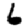
Digit: 6